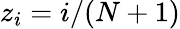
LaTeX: z_{i}=i/(N+1)